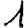
Digit: 1